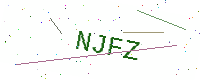
Text: NJFZ